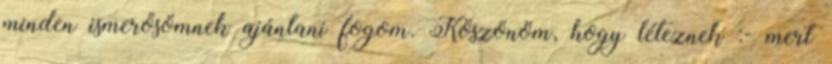
minden ismerősömnek ajánlani fogom. Köszönöm, hogy léteznek :- mert